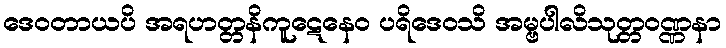
ဒေဝတာယပိ အရဟတ္တနိကူဋေနေဝ ပရိဒေဝသိ အမ္ဗပါလိသုတ္တဝဏ္ဏနာ